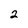
Character: 2